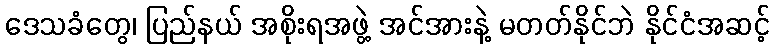
ဒေသခံတွေ၊ ပြည်နယ် အစိုးရအဖွဲ့ အင်အားနဲ့ မတတ်နိုင်ဘဲ နိုင်ငံအဆင့်